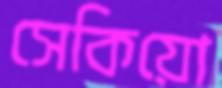
সেকিয়ো